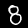
Digit: 8